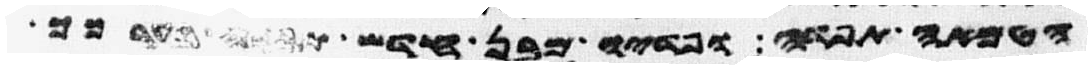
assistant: הטמאה תפדה ופדיו מבן חדש תפדה בערכך